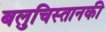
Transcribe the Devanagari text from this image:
बलुचिस्तानकी